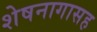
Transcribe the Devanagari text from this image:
शेषनागासह